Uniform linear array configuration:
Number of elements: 32
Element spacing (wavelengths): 1
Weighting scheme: exponential
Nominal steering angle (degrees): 15
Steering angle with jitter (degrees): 16.593
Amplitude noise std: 0.05
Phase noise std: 0.05

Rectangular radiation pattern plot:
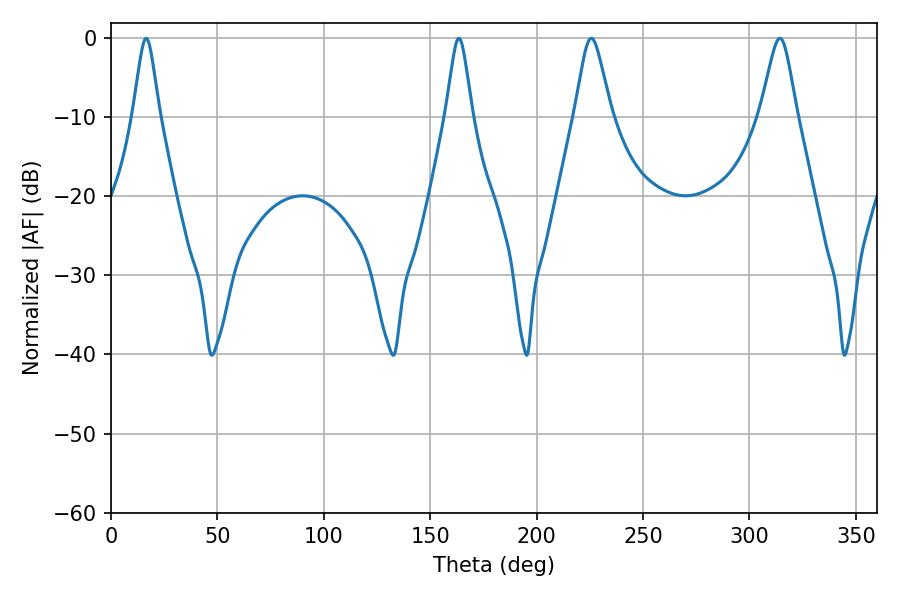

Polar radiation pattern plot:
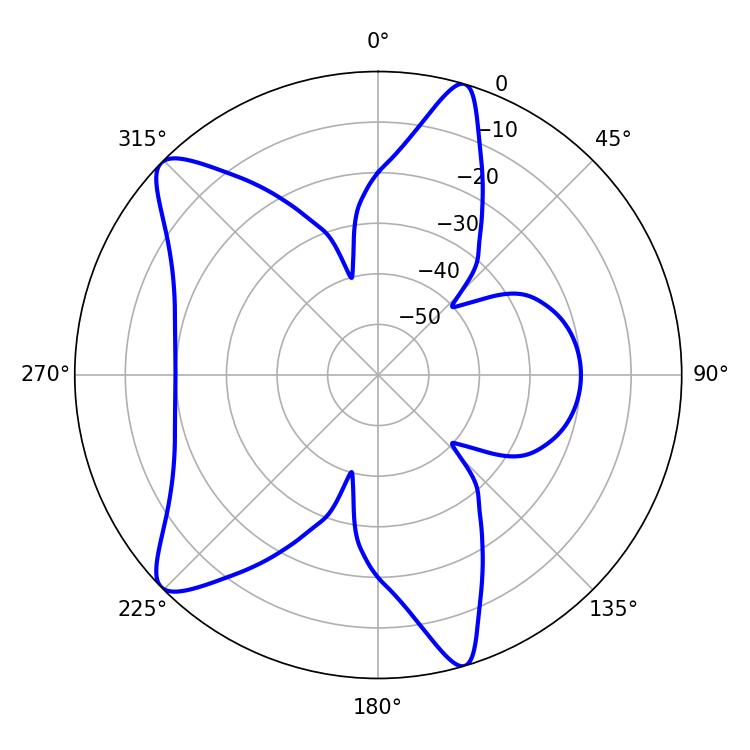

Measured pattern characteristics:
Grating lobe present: TRUE
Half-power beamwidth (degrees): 8.28
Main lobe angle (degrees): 225.72